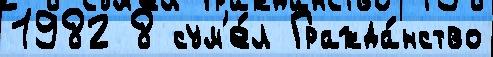
1982 8 сум'е́л Гражда́нство